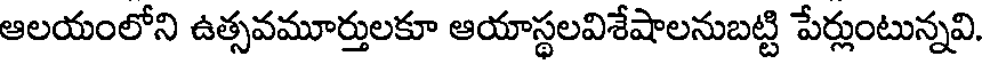
ఆలయంలోని ఉత్సవమూర్తులకూ ఆయాస్థలవిశేషాలనుబట్టి పేర్లుంటున్నవి.